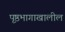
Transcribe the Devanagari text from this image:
पृ़ष्ठभागाखालील